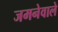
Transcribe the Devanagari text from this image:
जमनेवाले